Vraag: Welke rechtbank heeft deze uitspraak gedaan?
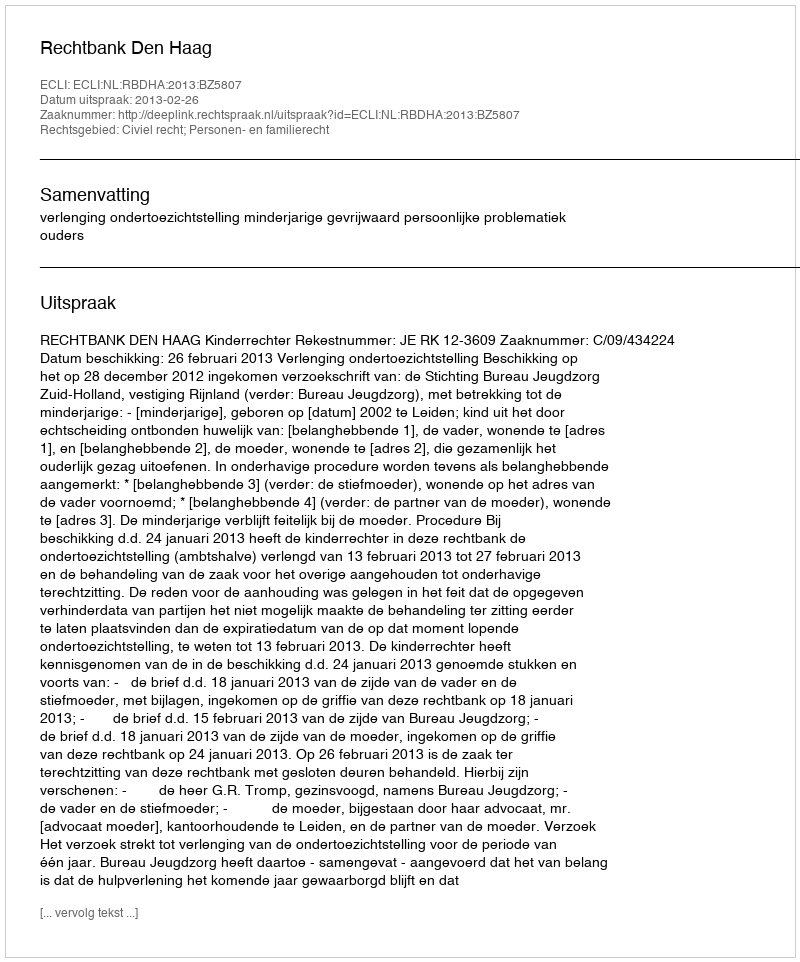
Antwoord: Rechtbank Den Haag